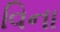
વિના